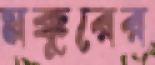
মক্কুরের